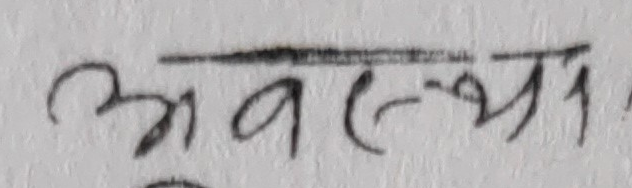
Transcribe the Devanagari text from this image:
अवस्था